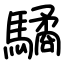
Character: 驈